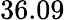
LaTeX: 36.09